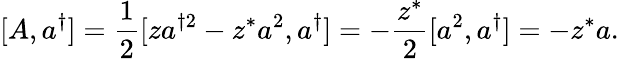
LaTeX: [A,a^{\dagger}]={\frac{1}{2}}[za^{\dagger 2}-z^{*}a^{2},a^{\dagger}]=-{\frac{z^{*}}{2}}[a^{2},a^{\dagger}]=-z^{*}a.